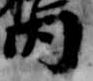
内